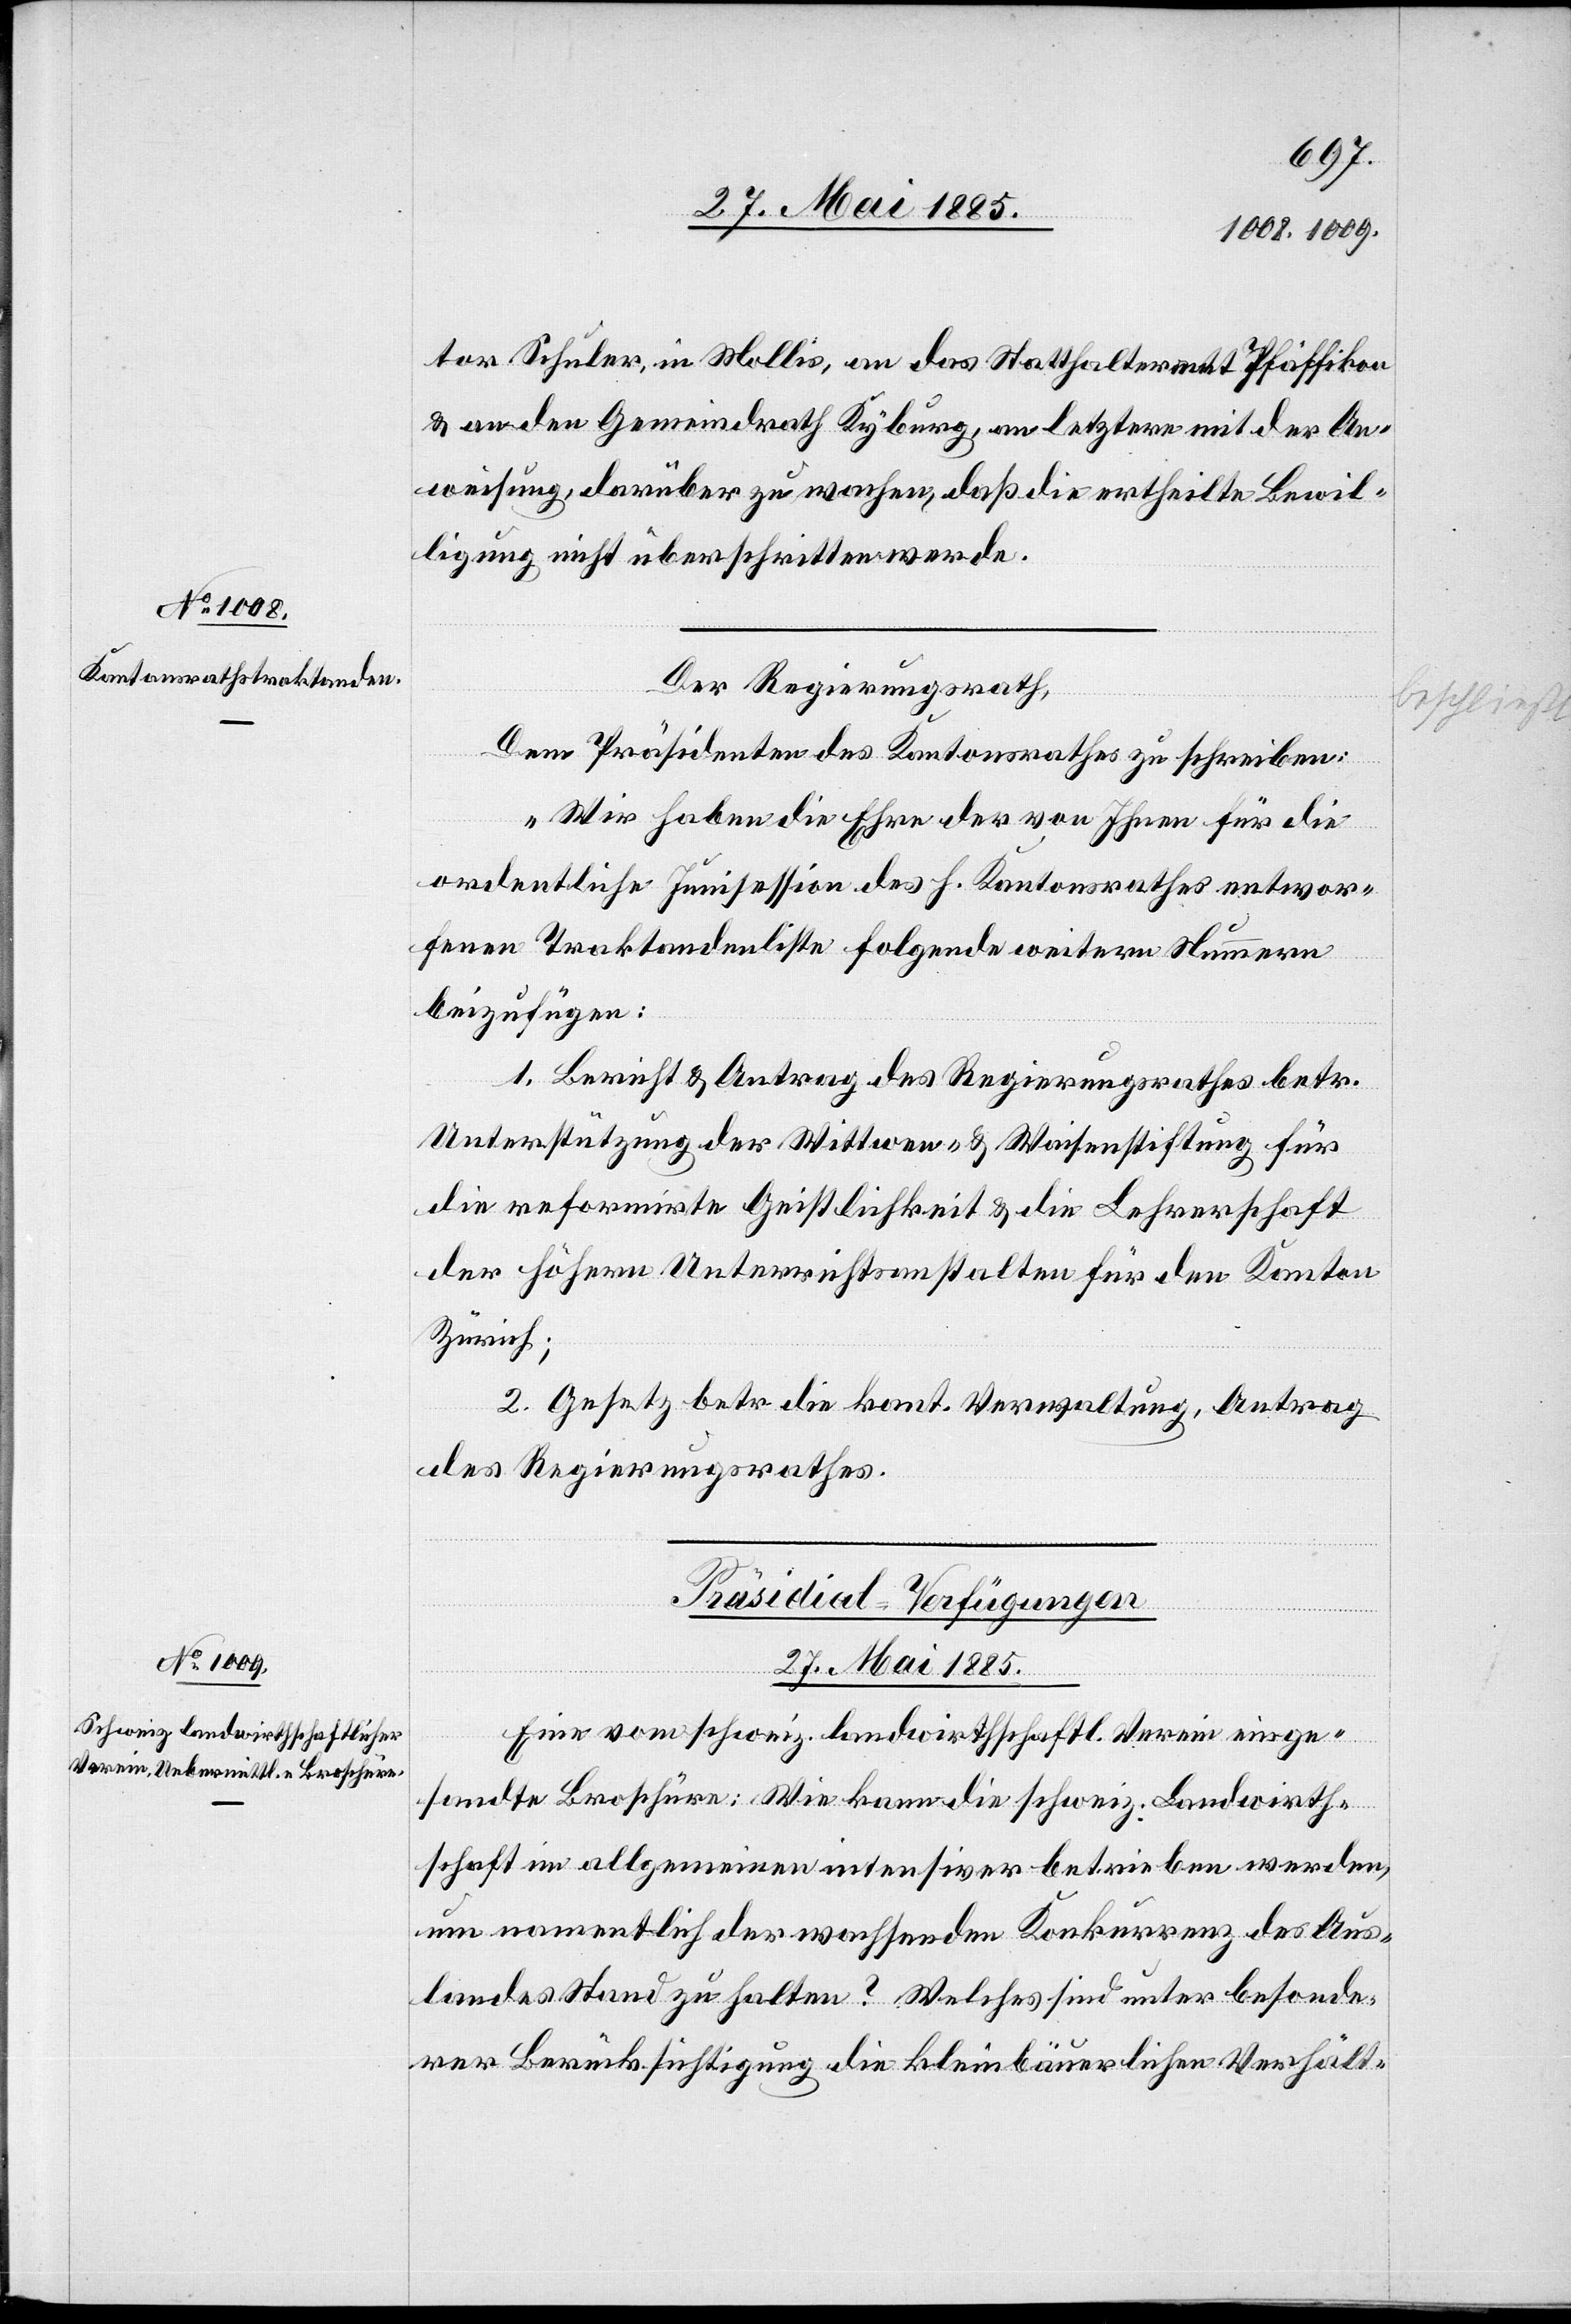
tor Schuler, in Mollis, an das Statthalteramt Pfäffikon
& an den Gemeindrath Kyburg, an letztern mit der An¬
weisung, darüber zu wachen, daß die ertheilte Bewil¬
ligung nicht überschritten werde.
Der Regierungsrath,
Dem Präsidenten des Kantonsrathes zu schreiben:
„Wir haben die Ehre der von Ihnen für die
ordentliche Junisession des h. Kantonsrathes entwor¬
fenen Traktandenliste folgende weitere Nummern
beizufügen:
1. Bericht & Antrag des Regierungsrathes betr.
Unterstützung der Wittwen- & Waisenstiftung für
die reformirte Geistlichkeit & die Lehrerschaft
der höhern Unterrichtsanstalten für den Kanton
Zürich;
2. Gesetz betr. die kant. Verwalthung, Antrag
des Regierungsrathes.
Präsidial-Verfügungen.
27. Mai 1885.
Eine vom schweiz. landwirthschaftl. Verein einge¬
sandte Broschüre: Wie kann die schweiz. Landwirth¬
schaft im allgemeinen intensiver betrieben werden,
um namentlich der wachsenden Konkurrenz des Aus¬
landes Stand zu halten? Welches sind unter besonde¬
rer Berücksichtigung die kleinbäuerlichen Verhält-